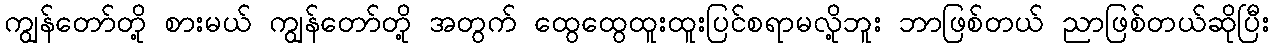
ကျွန်တော်တို့ စားမယ် ကျွန်တော်တို့ အတွက် ထွေထွေထူးထူးပြင်စရာမလို့ဘူး ဘာဖြစ်တယ် ညာဖြစ်တယ်ဆိုပြီး